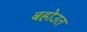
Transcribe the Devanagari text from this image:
बहोउत